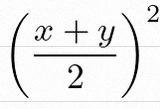
\left(\frac{x+y}{2}\right)^2